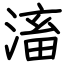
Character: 滀